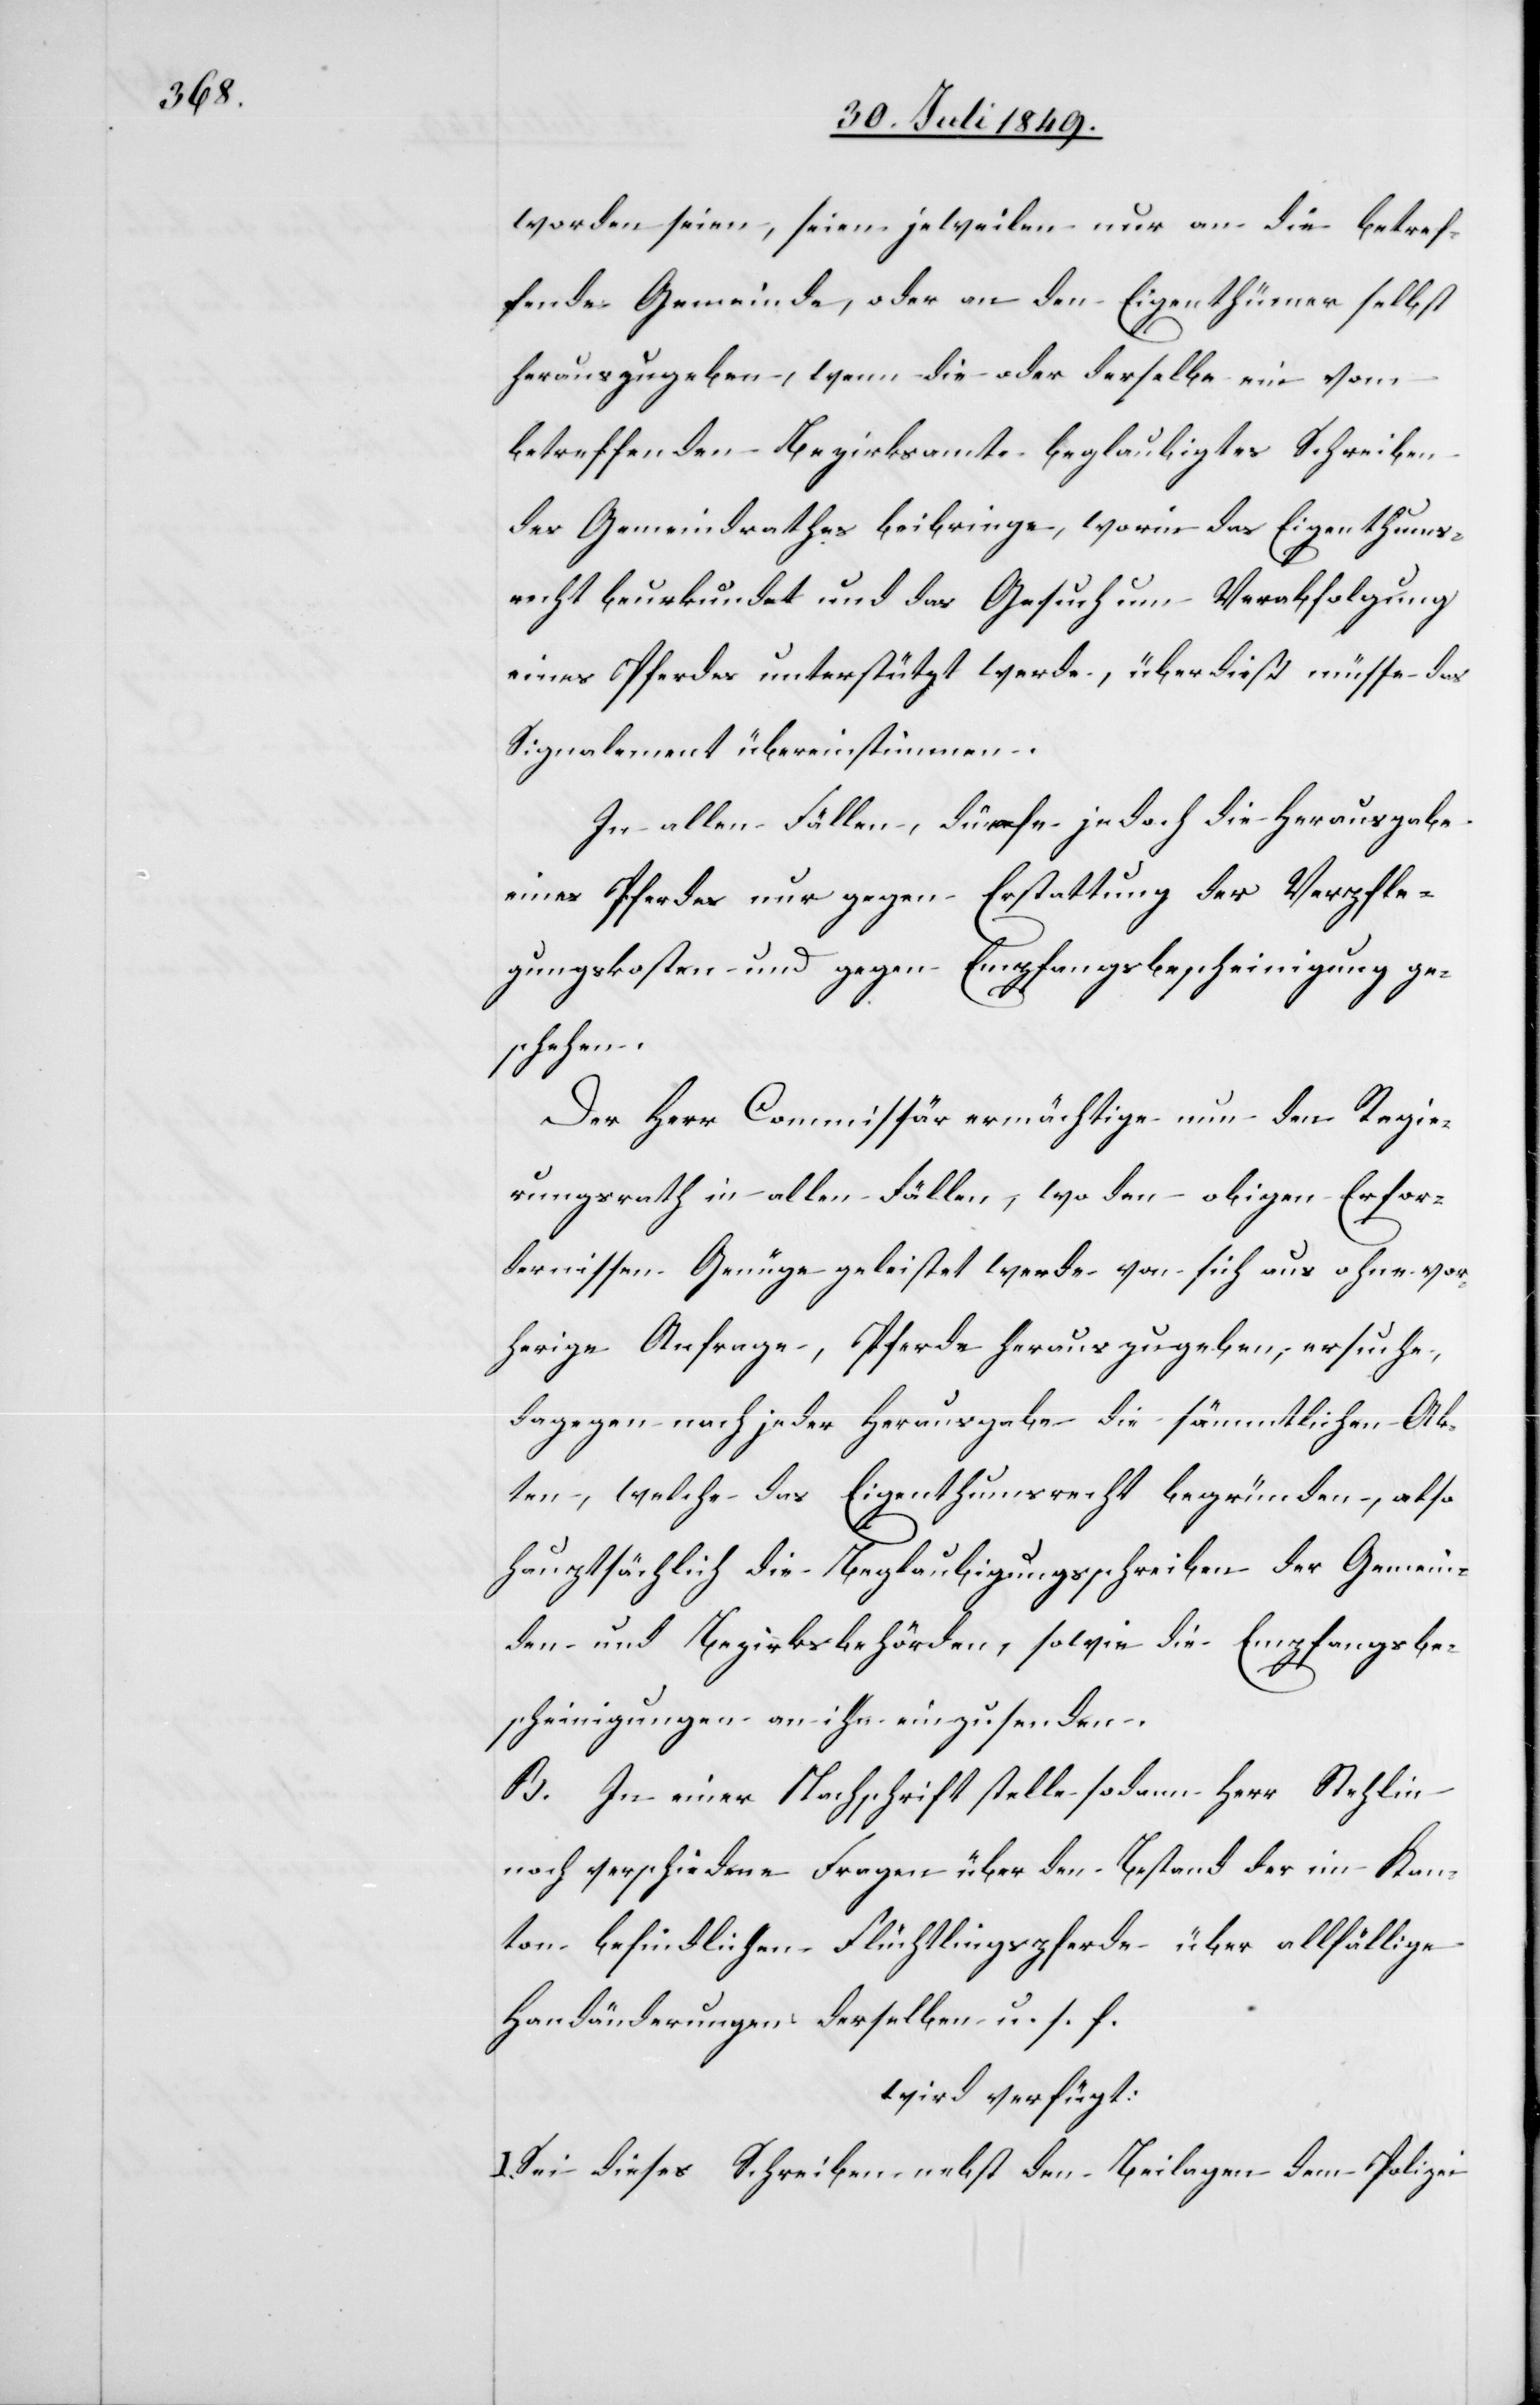
worden seien, seien jeweilen nur an die betref¬
fende Gemeinde, oder an den Eigenthümer selbst
herauszugeben, wenn die oder derselbe ein vom
betreffenden Bezirksamt beglaubigtes Schreiben
des Gemeindrathes beibringe, worin das Eigenthums¬
recht beurkundet und das Gesuch um Verabfolgung
eines Pferdes unterstützt werde, überdieß müsse das
Signalement übereinstimmen.
In allen Fällen, dürfe jedoch die Herausgabe
eines Pferdes nur gegen Erstattung der Verpfle¬
gungskosten und gegen Empfangsbescheinigung ge¬
schehen.
Der Herr Commissär ermächtige nun den Regie¬
rungsrath in allen Fällen, wo den obigen Erfor¬
dernissen Genüge geleistet werde von sich aus ohne vor¬
herige Anfrage, Pferde herauszugeben, ersuche,
dagegen nach jeder Herausgabe die sämmtlichen Ak¬
ten, welche das Eigenthumsrecht begründen, also
hauptsächlich die Beglaubigungsschreiben der Gemein¬
den- und Bezirksbehörden, sowie die Empfangsbe¬
scheinigungen an ihn einzusenden.
B. In einer Nachschrift stelle sodann Herr Stehlin
noch verschiedene Fragen über den Bestand der im Kan¬
ton befindlichen Flüchtlingspferde über allfällige
Handänderungen derselben u. s. f.
wird verfügt:
Sei dieses Schreiben nebst den Beilagen dem Polizei-